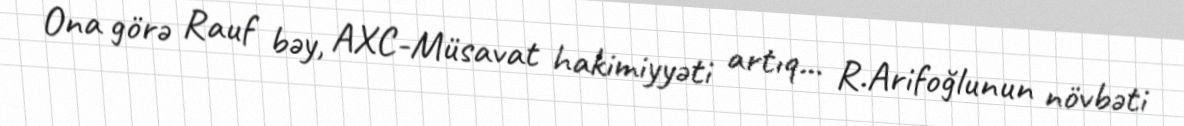
Ona görə Rauf bəy, AXC-Müsavat hakimiyyəti artıq... R.Arifoğlunun növbəti